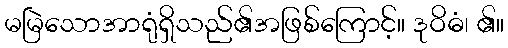
မမြဲသောအာရုံရှိသည်၏အဖြစ်ကြောင့်။ ဒုဝိဓံ၊ ၏။